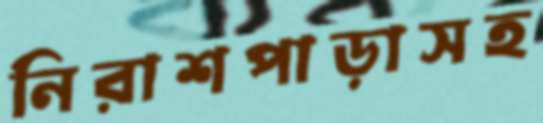
নিরাশপাড়াসহ